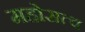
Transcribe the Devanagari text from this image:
महोसत्व